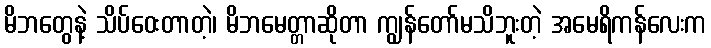
မိဘတွေနဲ့ သိပ်ဝေးတာတဲ့၊ မိဘမေတ္တာဆိုတာ ကျွန်တော်မသိဘူးတဲ့ အမေရိကန်လေးက